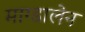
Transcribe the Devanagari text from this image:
माग्डालेन